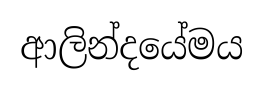
ආලින්දයේමය